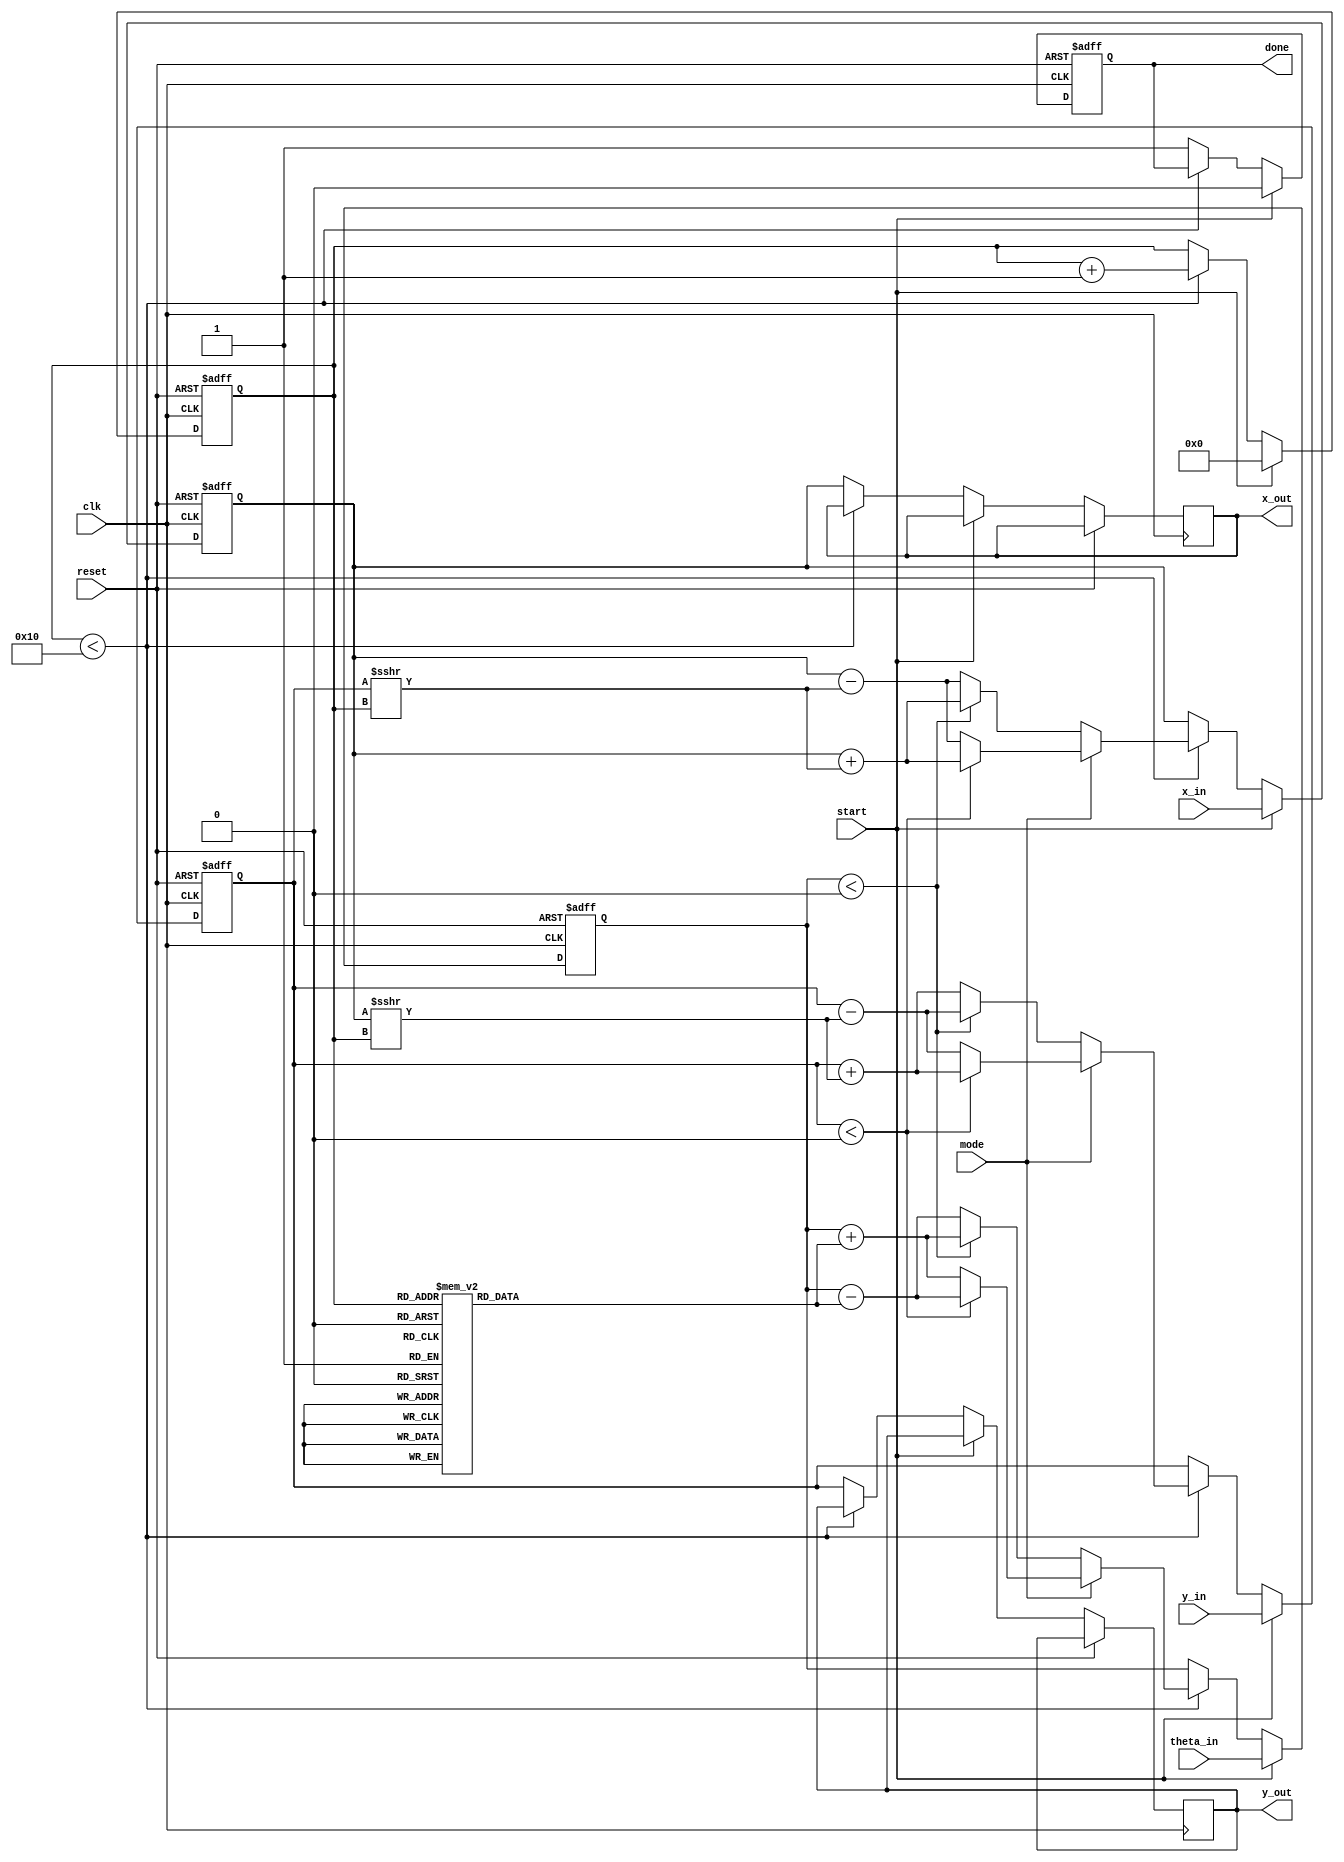
module CORDIC (
    input wire clk,
    input wire reset,
    input wire start,
    input wire mode, // 0 for rotation, 1 for vectoring
    input wire signed [15:0] x_in, // Fixed-point input for x
    input wire signed [15:0] y_in, // Fixed-point input for y
    input wire signed [15:0] theta_in, // Angle input
    output reg signed [15:0] x_out, // Fixed-point output for x
    output reg signed [15:0] y_out, // Fixed-point output for y
    output reg done // Indicates completion of operation
);
    parameter NUM_ITERATIONS = 16; // Adjust based on precision requirements
    reg signed [15:0] x, y, z; // Registers for x, y, and z (theta)
    reg [3:0] iteration; // Control for number of iterations
    reg signed [15:0] atan_table [0:NUM_ITERATIONS-1]; // Lookup table for arctangent values

    // Initialize the arctangent values (fixed-point representation)
    initial begin
        atan_table[0] = 16'h2000; // atan(2^0) = 0.5
        atan_table[1] = 16'h1333; // atan(2^-1) = 0.333
        // Populate the rest of the table as needed
    end

    // Control logic (FSM)
    always @(posedge clk or posedge reset) begin
        if (reset) begin
            x <= 0;
            y <= 0;
            z <= 0;
            iteration <= 0;
            done <= 0;
        end else if (start) begin
            x <= x_in;
            y <= y_in;
            z <= theta_in; // Load theta
            iteration <= 0;
            done <= 0;
        end else if (iteration < NUM_ITERATIONS) begin
            // CORDIC iteration logic
            if (mode == 0) begin // Rotation mode
                if (z < 0) begin
                    x <= x + (y >>> iteration); // x = x + (y / 2^iteration)
                    y <= y - (x >>> iteration); // y = y - (x / 2^iteration)
                    z <= z + atan_table[iteration]; // Update z
                end else begin
                    x <= x - (y >>> iteration); // x = x - (y / 2^iteration)
                    y <= y + (x >>> iteration); // y = y + (x / 2^iteration)
                    z <= z - atan_table[iteration]; // Update z
                end
            end else begin // Vectoring mode
                if (y < 0) begin
                    x <= x + (y >>> iteration);
                    y <= y + (x >>> iteration);
                    z <= z - atan_table[iteration];
                end else begin
                    x <= x - (y >>> iteration);
                    y <= y - (x >>> iteration);
                    z <= z + atan_table[iteration];
                end
            end
            iteration <= iteration + 1;
        end else begin
            // Completed iterations
            x_out <= x;
            y_out <= y;
            done <= 1;
        end
    end
endmodule